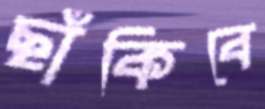
ছাঁকিবে